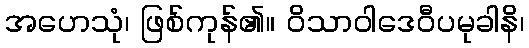
အဟေသုံ၊ ဖြစ်ကုန်၏။ ဝိသာဝါဒေဝီပမုခါနိ၊